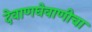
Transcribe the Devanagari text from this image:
देवाणघेवाणीचा